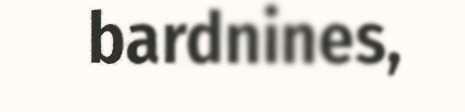
bardnines,